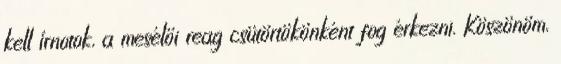
kell írnotok, a mesélői reag csütörtökönként fog érkezni. Köszönöm,